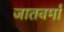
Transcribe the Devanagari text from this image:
जातवर्मा